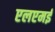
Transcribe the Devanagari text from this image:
एलएमई